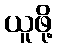
ယူဖို့